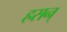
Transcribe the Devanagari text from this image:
हसन्